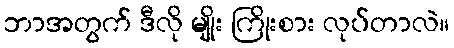
ဘာအတွက် ဒီလို မျိုး ကြိုးစား လုပ်တာလဲ။